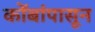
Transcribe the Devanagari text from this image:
कोंबांपासून